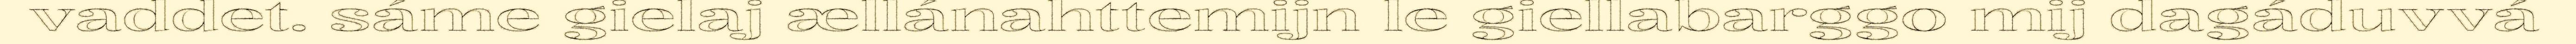
vaddet. sáme gielaj ællánahttemijn le giellabarggo mij dagáduvvá